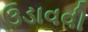
ઉડાવવી